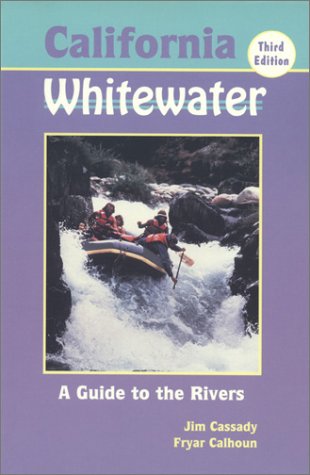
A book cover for California Whitewater: A Guide to the Rivers; Jim Cassady; Sports & Outdoors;